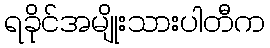
ရခိုင်အမျိုးသားပါတီက